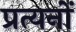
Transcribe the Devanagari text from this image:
प्रत्यनों